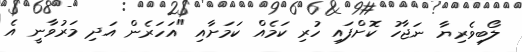
ލޯބިވެރިޔާ ނަޖާހު ކޮށްފައި ހުރި ކަމެއް ކަމަށާއި "އަހަރެން އަދި މަރުވާނީ އެ